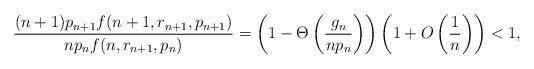
LaTeX: \begin{align*}\frac{(n+1)p_{n+1} f(n+1,r_{n+1},p_{n+1})}{n p_{n} f(n,r_{n+1},p_{n})} = \left(1-\Theta\left(\frac{g_n}{np_n}\right)\right) \left(1+O \left( \frac 1n \right)\right) < 1,\end{align*}